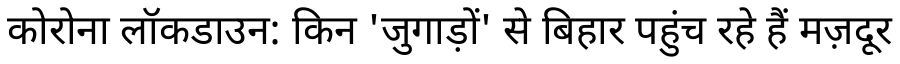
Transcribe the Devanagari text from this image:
कोरोना लॉकडाउन: किन 'जुगाड़ों' से बिहार पहुंच रहे हैं मज़दूर